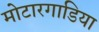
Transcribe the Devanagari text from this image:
मोटारगाडिया